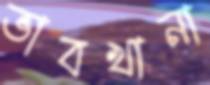
ভাবখানা